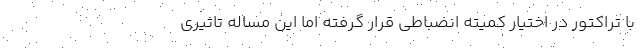
با تراکتور در اختیار کمیته انضباطی قرار گرفته اما این مساله تاثیری